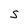
Character: S